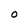
Character: O